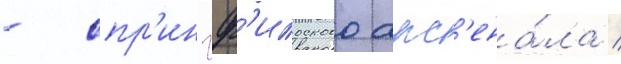
- спр'ингф'илдского арс'ена́ла /